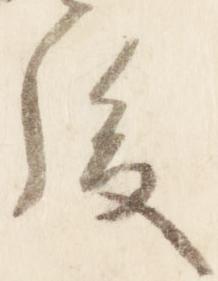
後